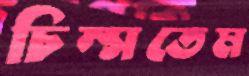
চিম্‌সতেম